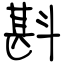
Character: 斟